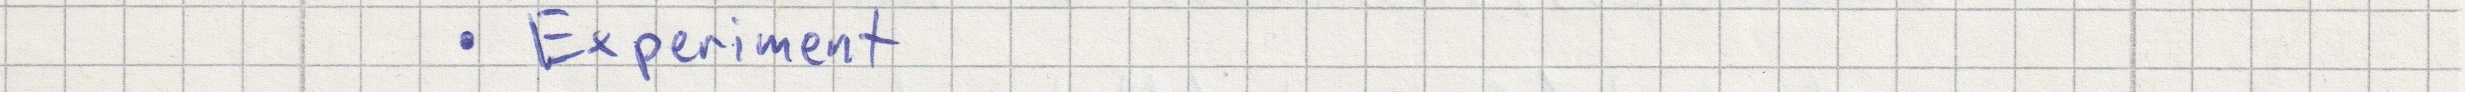
- Experiment